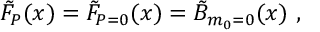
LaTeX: \tilde { F } _ { P } ( x ) = \tilde { F } _ { P = 0 } ( x ) = \tilde { B } _ { m _ { 0 } = 0 } ( x ) ~ ,